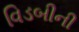
વિડબીની